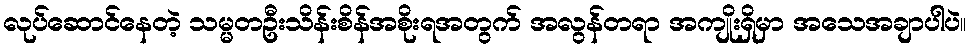
လုပ်ဆောင်နေတဲ့ သမ္မတဦးသိန်းစိန်အစိုးရအတွက် အလွန်တရာ အကျိုးရှိမှာ အသေအချာပါပဲ။